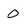
Character: 0